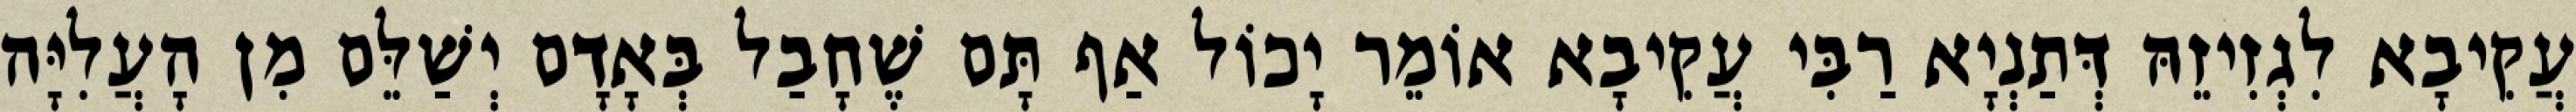
עֲקִיבָא לִגְזִיזֵהּ דְּתַנְיָא רַבִּי עֲקִיבָא אוֹמֵר יָכוֹל אַף תָּם שֶׁחָבַל בְּאָדָם יְשַׁלֵּם מִן הָעֲלִיָּה